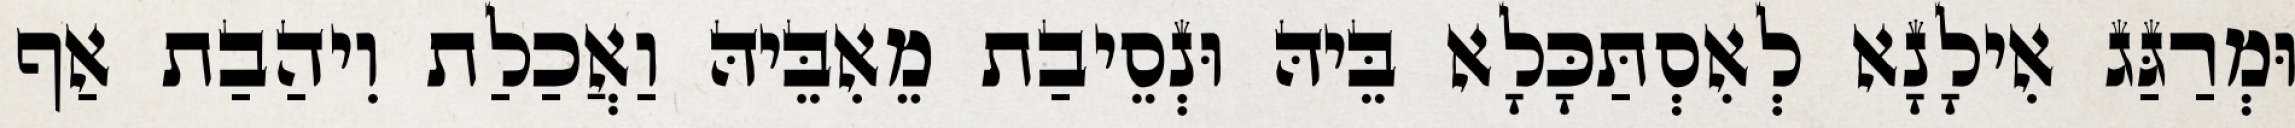
וּמְרַגַּג אִילָנָא לְאִסְתַּכָּלָא בֵּיהּ וּנְסֵיבַת מֵאִבֵּיהּ וַאֲכַלַת וִיהַבַת אַף